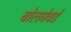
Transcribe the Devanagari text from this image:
बोलघेवडे